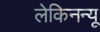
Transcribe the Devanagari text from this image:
लेकिनन्यू